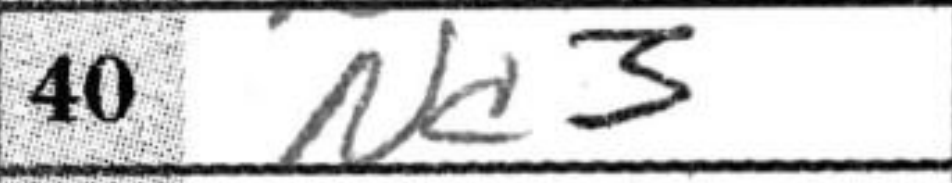
Transcription: Nc3